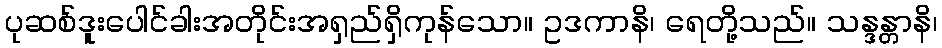
ပုဆစ်ဒူးပေါင်ခါးအတိုင်းအရှည်ရှိကုန်သော။ ဥဒကာနိ၊ ရေတို့သည်။ သန္ဒန္တာနိ၊